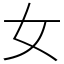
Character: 女